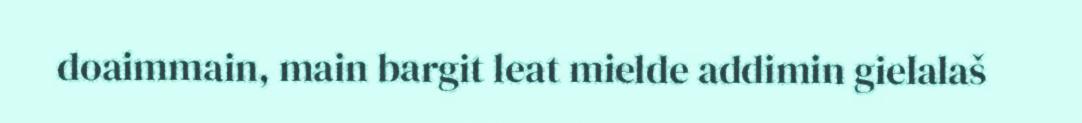
doaimmain, main bargit leat mielde addimin gielalaš